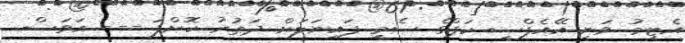
އެޓީމު ވަނީ އޭއެފްސީ ކަޕްގެ ސެމީ ފައިނަލަށް ދަތުރު ކޮށްފަ --- އަވަސް